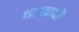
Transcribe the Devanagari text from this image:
शल्यकक्षों